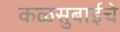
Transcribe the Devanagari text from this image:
कळसुबाईचे